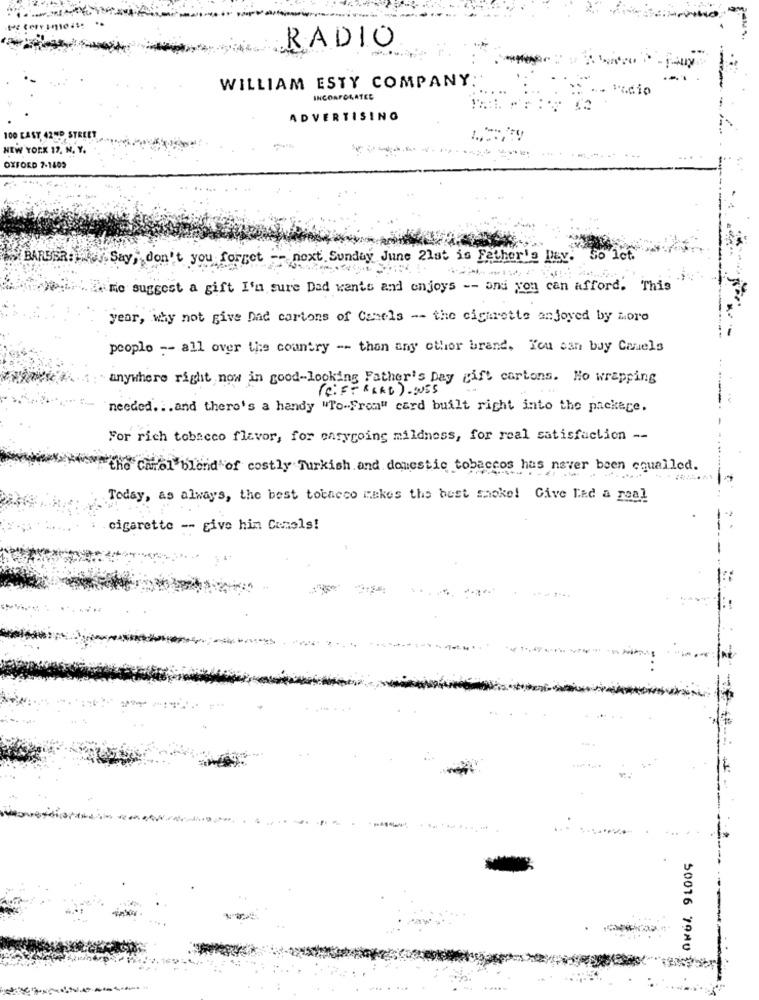
RADIO
WILLIAM ESTY COMPANY:
Radio
INCORPORATED
ADVERTISING
100 CAST 42ND STREET
NEW YORK 17, N. Y.
OXFORD 7-1409
BARSSR : " Say, don't you forget -- next Sunday June 2lat is Father's
So Iet.
chimie suggest a gift I'm sure Dad wants and enjoys -- and you can afford. This
year, why not give Dad cartons of Camels -- the cigarette enjoyed by Loro
people -- all over the country -- than any other brand. You can buy Canels
anywhere right now in good-looking Father's Day gift cartons. Ho wrapping
( COFFREKB ) . NES
needed .. . and there's a handy "To-From" card built right into the package.
For rich tobacco flavor, for easygoing mildness, for real satisfaction --
the Carol blend of costly Turkish and domestic tobaccos has never been cqualled.
Today, as always, the best tobacco makes the best snoke! Cive had a real
cigarette -- give him Camels!
50016 YONU